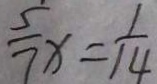
\frac { 5 } { 7 } x = \frac { 1 } { 1 4 }